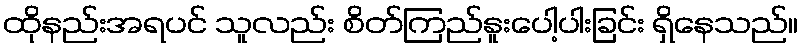
ထိုနည်းအရပင် သူလည်း စိတ်ကြည်နူးပေါ့ပါးခြင်း ရှိနေသည်။